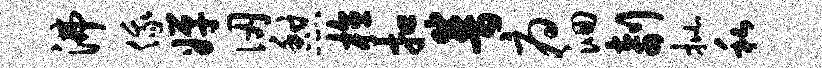
沸俄婵仞憩植扣普府洄剞批私